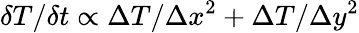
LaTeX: \delta T/\delta t\propto\Delta T/\Delta x^{2}+\Delta T/\Delta y^{2}